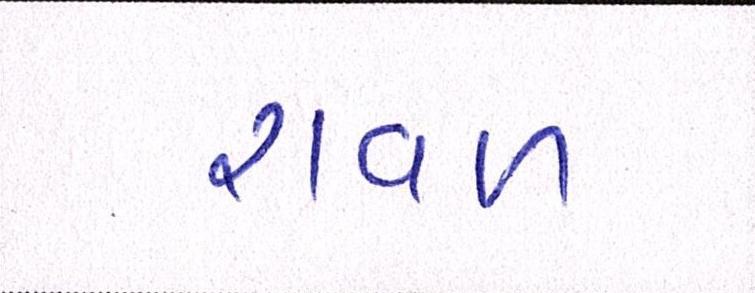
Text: રાવળ